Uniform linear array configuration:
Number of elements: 64
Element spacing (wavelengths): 0.5
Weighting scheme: hann
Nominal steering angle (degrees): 45
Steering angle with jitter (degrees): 43.525
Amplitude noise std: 0.05
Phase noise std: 0.05

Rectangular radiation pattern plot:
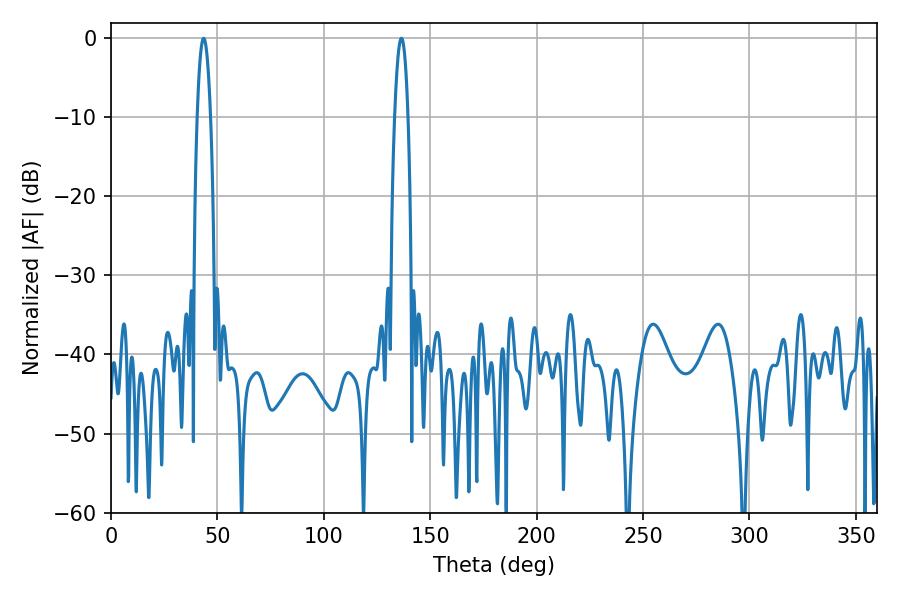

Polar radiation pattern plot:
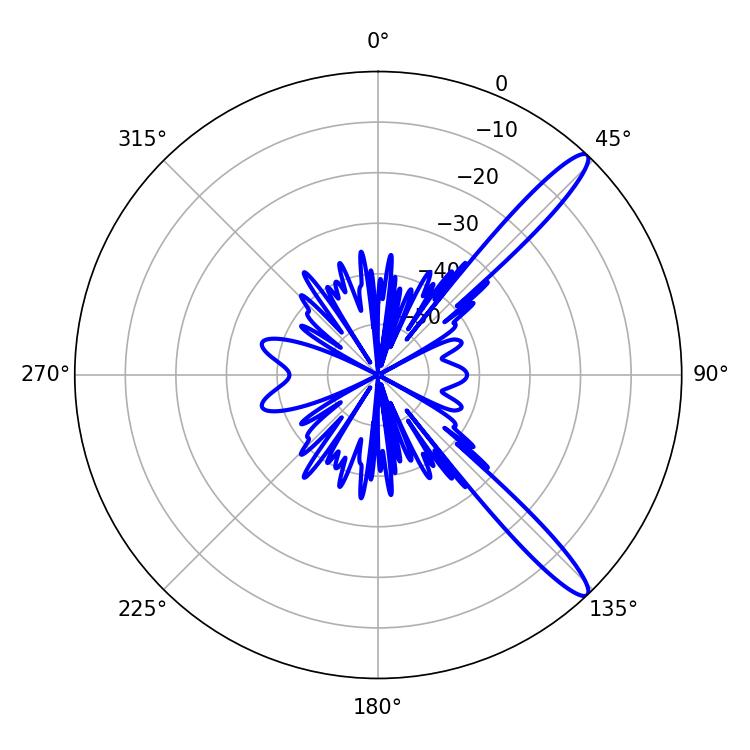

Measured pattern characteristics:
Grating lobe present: FALSE
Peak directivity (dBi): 13.44
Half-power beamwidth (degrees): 3.6
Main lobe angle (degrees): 43.56